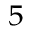
^ 5